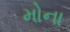
મોના